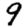
Digit: 9